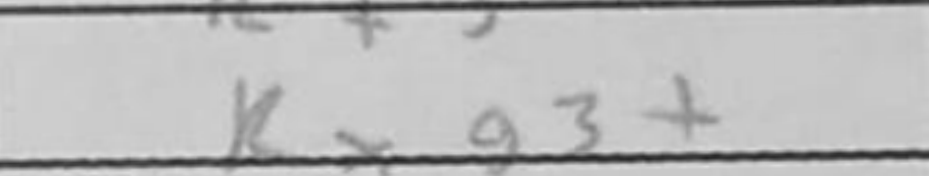
Transcription: Rxg3+